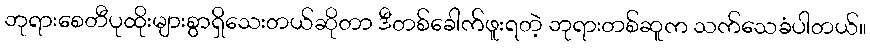
ဘုရားစေတီပုထိုးများစွာရှိသေးတယ်ဆိုတာ ဒီတစ်ခေါက်ဖူးရတဲ့ ဘုရားတစ်ဆူက သက်သေခံပါတယ်။